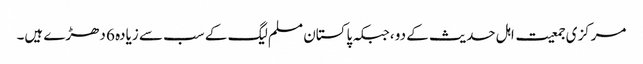
مرکزی جمعیت اہل حدیث کے دو ،جبکہ پاکستان مسلم لیگ کے سب سے زیادہ 6 دھڑے ہیں۔